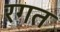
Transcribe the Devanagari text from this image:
रगत